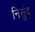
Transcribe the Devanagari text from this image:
निसुंद